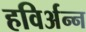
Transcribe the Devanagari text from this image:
हविर्अन्न